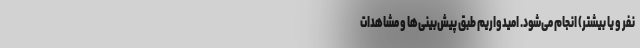
نفر و یا بیشتر) انجام می‌شود. امیدواریم طبق پیش‌بینی‌ها و مشاهدات